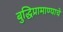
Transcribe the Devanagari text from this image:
बुद्धिप्रामाण्याचे